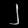
Digit: ၂